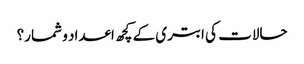
حالات کی ابتری کے کچھ اعداد و شمار؟